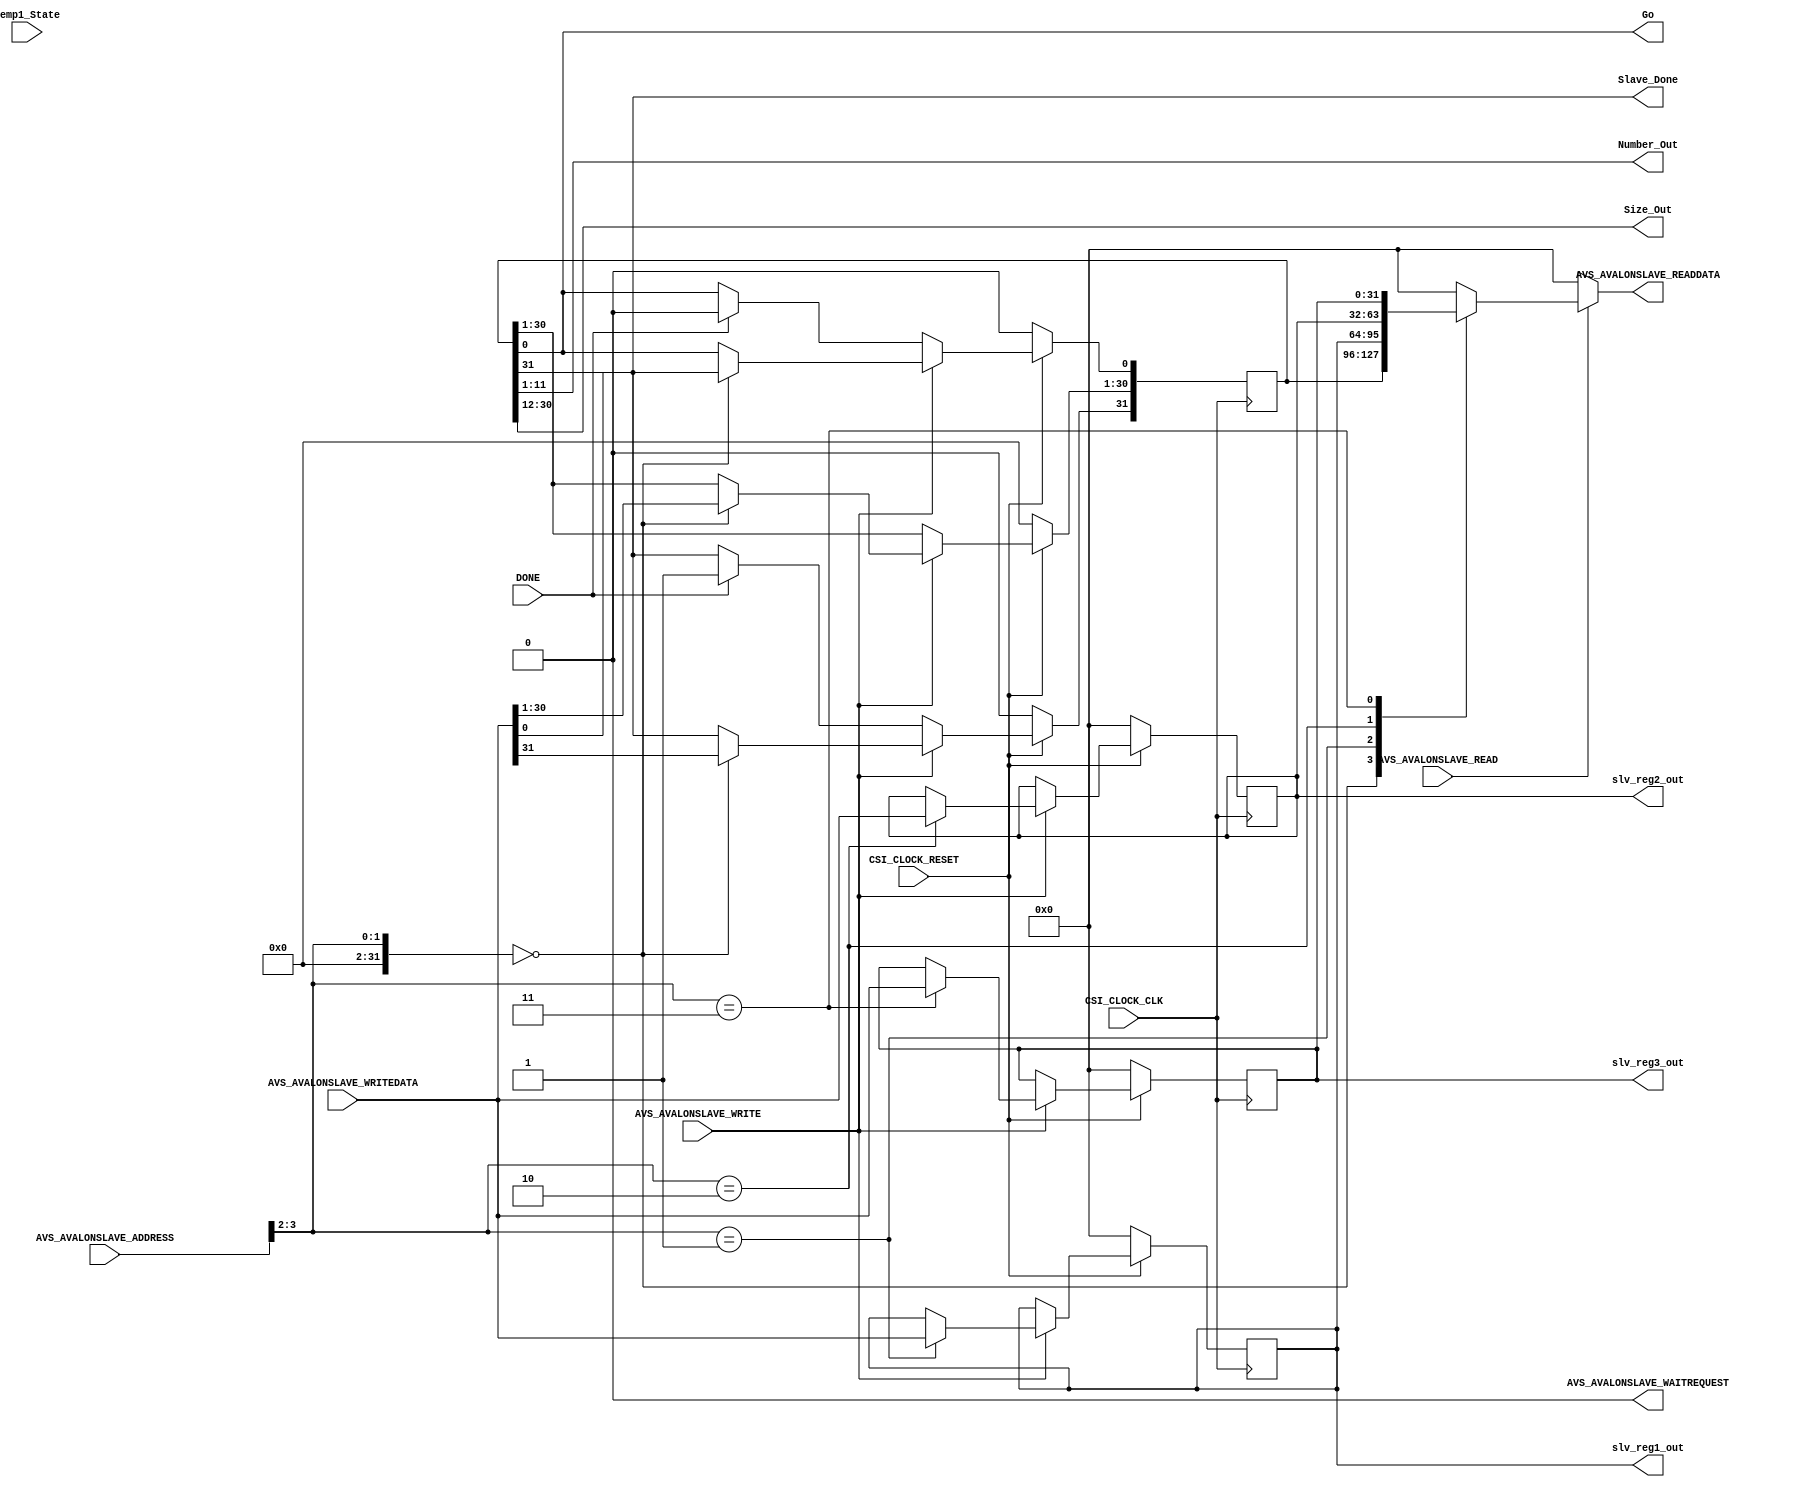
module AVS_AVALONSLAVE_CTRL #
(
  // you can add parameters here
  // you can change these parameters
  parameter integer AVS_AVALONSLAVE_DATA_WIDTH = 32,
  parameter integer AVS_AVALONSLAVE_ADDRESS_WIDTH = 4
)
(
  // user ports begin
  output wire Go,
  input wire DONE,
  output wire [10:0] Number_Out,
  output wire [18:0] Size_Out,
  output wire [AVS_AVALONSLAVE_DATA_WIDTH - 1:0] slv_reg1_out,
  output wire [AVS_AVALONSLAVE_DATA_WIDTH - 1:0] slv_reg2_out,
  output wire [AVS_AVALONSLAVE_DATA_WIDTH - 1:0] slv_reg3_out,
  output wire Slave_Done,
  input wire[2:0] Temp1_State,

  // user ports end
  // dont change these ports
  input wire CSI_CLOCK_CLK,
  input wire CSI_CLOCK_RESET,
  input wire [AVS_AVALONSLAVE_ADDRESS_WIDTH - 1:0] AVS_AVALONSLAVE_ADDRESS,
  output wire AVS_AVALONSLAVE_WAITREQUEST,
  input wire AVS_AVALONSLAVE_READ,
  input wire AVS_AVALONSLAVE_WRITE,
  output wire [AVS_AVALONSLAVE_DATA_WIDTH - 1:0] AVS_AVALONSLAVE_READDATA,
  input wire [AVS_AVALONSLAVE_DATA_WIDTH - 1:0] AVS_AVALONSLAVE_WRITEDATA
);

  // output wires and registers
  // you can change name and type of these ports
  wire start;

  wire wait_request;
  reg [AVS_AVALONSLAVE_DATA_WIDTH - 1:0] read_data;
  // these are slave registers. they MUST be here!
  reg [AVS_AVALONSLAVE_DATA_WIDTH - 1:0] slv_reg0;
  reg [AVS_AVALONSLAVE_DATA_WIDTH - 1:0] slv_reg1;
  reg [AVS_AVALONSLAVE_DATA_WIDTH - 1:0] slv_reg2;
  reg [AVS_AVALONSLAVE_DATA_WIDTH - 1:0] slv_reg3;

  reg [2:0] Temp_Slave_State;
  //My registers
  wire[10:0] Number;
  wire[18:0] Size;
  // I/O assignment
  // never directly send values to output

  assign AVS_AVALONSLAVE_WAITREQUEST = wait_request;
  assign AVS_AVALONSLAVE_READDATA = read_data;
  //My Assigns
  assign Number_Out = Number;
  assign Size_Out = Size;
  assign slv_reg1_out = slv_reg1;
  assign slv_reg2_out = slv_reg2;
  assign slv_reg3_out = slv_reg3;
  assign wait_request = 0;

  // it is an example and you can change it or delete it completely
  always @(posedge CSI_CLOCK_CLK)
  begin
    Temp_Slave_State <= Temp1_State;
    // usually resets are active low but you can change its trigger type
    if(CSI_CLOCK_RESET == 0)
    begin
      slv_reg0 <= 0;
      slv_reg1 <= 0;
      slv_reg2 <= 0;
      slv_reg3 <= 0;
    end
    else if(AVS_AVALONSLAVE_WRITE)
    begin
      // address is always bytewise so must devide it by 4 for 32bit word
      case(AVS_AVALONSLAVE_ADDRESS >> 2)
      0: slv_reg0 <= AVS_AVALONSLAVE_WRITEDATA;
      1: slv_reg1 <= AVS_AVALONSLAVE_WRITEDATA;
      2: slv_reg2 <= AVS_AVALONSLAVE_WRITEDATA;
      3: slv_reg3 <= AVS_AVALONSLAVE_WRITEDATA;
      default:
      begin
        slv_reg0 <= slv_reg0;
        slv_reg1 <= slv_reg1;
        slv_reg2 <= slv_reg2;
        slv_reg3 <= slv_reg3;
      end
    endcase
    end

    // it is an example design
    else if(DONE)
    begin
      slv_reg0[31] <= 1'b1;
      slv_reg0[0] <= 1'b0;
    end
  end

  always@(*)begin
    if(AVS_AVALONSLAVE_READ)
    begin
      // address is always bytewise so must devide it by 4 for 32bit word
      case(AVS_AVALONSLAVE_ADDRESS >> 2)
      0: read_data = slv_reg0;
      1: read_data = slv_reg1;
      2: read_data = slv_reg2;
      3: read_data = slv_reg3;
      default:
      begin
        read_data = 0;
      end
      endcase
    end
    else begin
        read_data = 0;
    end
  end

  // do the other jobs yourself like last codes
  assign Go = slv_reg0[0];
  assign Number = slv_reg0[11:1];
  assign Size = slv_reg0[30:12];
  assign Slave_Done = slv_reg0[31];

endmodule